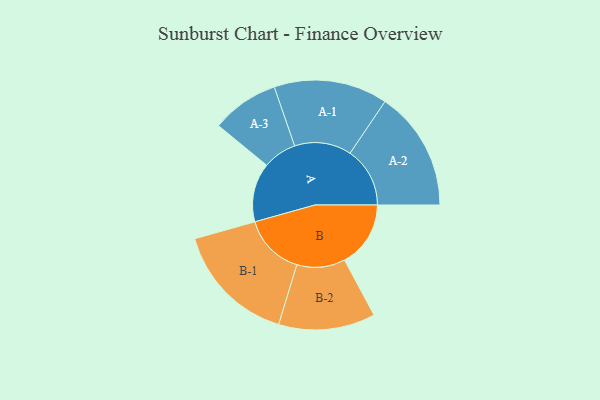
{"axis": {"x": "Segment", "y": "Value"}, "legend": ["", "A", "B"], "data": [{"x": "A", "y": 255, "type": ""}, {"x": "B", "y": 286, "type": ""}, {"x": "A-1", "y": 246, "type": "A"}, {"x": "A-2", "y": 259, "type": "A"}, {"x": "A-3", "y": 146, "type": "A"}, {"x": "B-1", "y": 266, "type": "B"}, {"x": "B-2", "y": 209, "type": "B"}]}